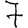
Digit: 7